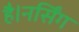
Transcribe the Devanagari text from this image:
है।नर्सिंग